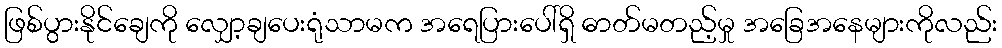
ဖြစ်ပွားနိုင်ချေကို လျှော့ချပေးရုံသာမက အရေပြားပေါ်ရှိ ဓာတ်မတည့်မှု အခြေအနေများကိုလည်း